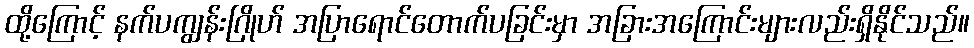
ထို့ကြောင့် နက်ပကျွန်းဂြိုဟ် အပြာရောင်တောက်ပခြင်းမှာ အခြားအကြောင်းများလည်းရှိနိုင်သည်။